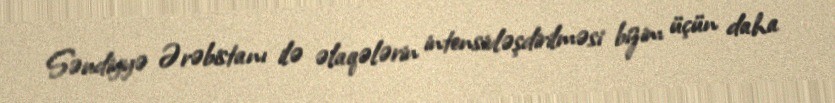
Səudiyyə Ərəbistanı ilə əlaqələrin intensivləşdirilməsi bizim üçün daha